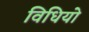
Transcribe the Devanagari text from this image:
विधियो